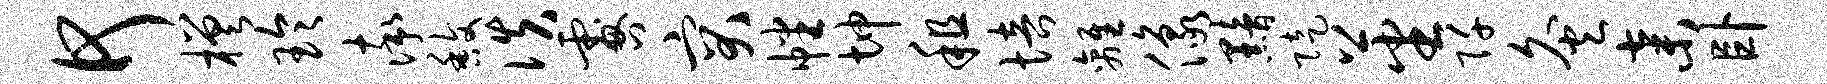
何槎玲率馥佚咎突幡坤租培离像黯陡蕃阡灸弃卧